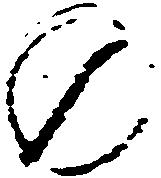
の